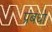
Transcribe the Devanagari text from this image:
प्रंबंधो